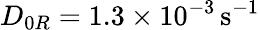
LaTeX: D_{0R}=1.3\times 10^{-3}\, {\mathrm{s}}^{-1}